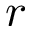
r